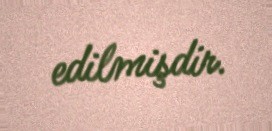
edilmişdir.